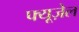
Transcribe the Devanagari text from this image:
फ्यूज़ेल